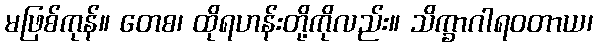
မဖြစ်ကုန်။ တေစ၊ ထိုရဟန်းတို့ကိုလည်း။ သိက္ခာဂါရဝတာယ၊